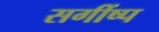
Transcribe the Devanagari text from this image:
सगींष्प